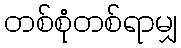
တစ်စုံတစ်ရာမျှ